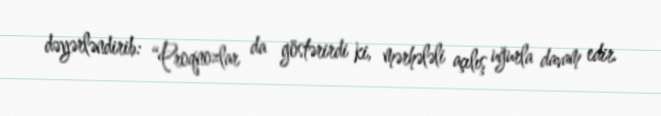
dəyərləndirib: “Proqnozlar da göstərirdi ki, mərhələli açılış uğurla davam edir.